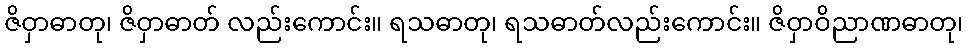
ဇိဝှာဓာတု၊ ဇိဝှာဓာတ် လည်းကောင်း။ ရသဓာတု၊ ရသဓာတ်လည်းကောင်း။ ဇိဝှာဝိညာဏဓာတု၊